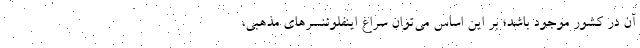
آن در کشور موجود باشد؛ بر این اساس می‌توان سراغ اینفلوئنسرهای مذهبی،